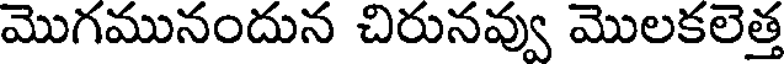
మొగమునందున చిరునవ్వు మొలకలెత్త